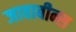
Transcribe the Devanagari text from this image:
जावाबीन्स